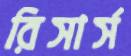
রিসার্স